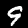
Label: 9